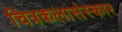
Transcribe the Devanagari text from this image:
चित्रकलासंस्कार